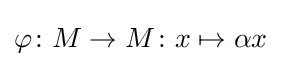
\varphi \colon M\to M\colon x\mapsto \alpha x